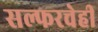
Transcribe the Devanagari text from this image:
सल्फरचेही